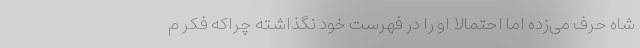
شاه حرف می‌زده اما احتمالا او را در فهرست خود نگذاشته چراکه فکر م